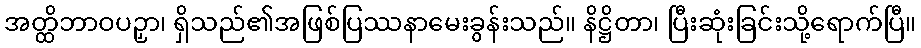
အတ္ထိဘာဝပဉှာ၊ ရှိသည်၏အဖြစ်ပြဿနာမေးခွန်းသည်။ နိဋ္ဌိတာ၊ ပြီးဆုံးခြင်းသို့ရောက်ပြီ။